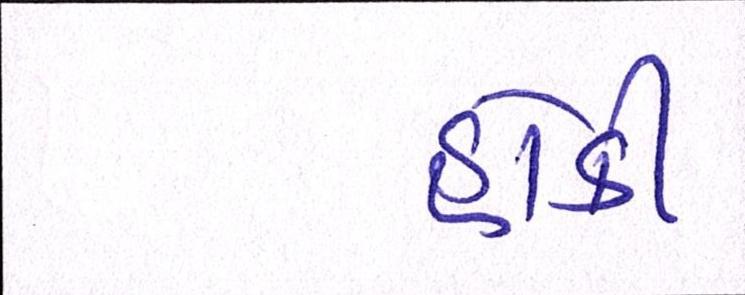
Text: હોકી